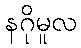
နဂိုမူလ